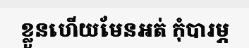
ខ្លួនហើយមែនអត់ កុំបារម្ភ